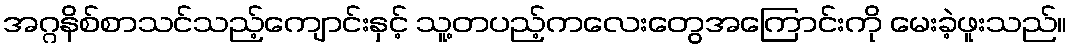
အဂ္ဂနိစ်စာသင်သည့်ကျောင်းနှင့် သူ့တပည့်ကလေးတွေအကြောင်းကို မေးခဲ့ဖူးသည်။